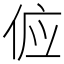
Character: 𬾖